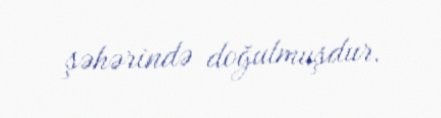
şəhərində doğulmuşdur.